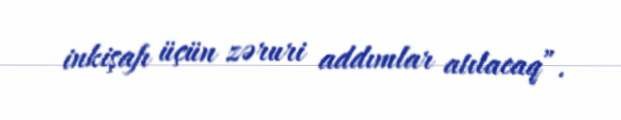
inkişafı üçün zəruri addımlar atılacaq”.